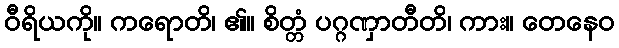
ဝီရိယကို။ ကရောတိ၊ ၏။ စိတ္တံ ပဂ္ဂဏှာတီတိ၊ ကား။ တေနေဝ